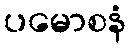
ပမောစနံ